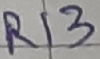
Text: R13